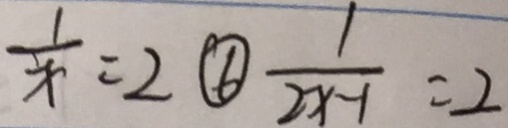
\frac { 1 } { x } = 2 \textcircled { 6 } \frac { 1 } { 2 x - 1 } = 2